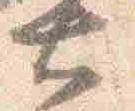
大